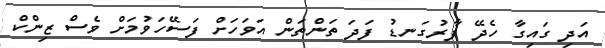
އަދި ގައިގާ ހެދޭ ފާރުގަނޑު ފަދަ ތަންތަން އަވަހަށް ފަސޭހަވުމަށް ވެސް ޒިންކް